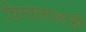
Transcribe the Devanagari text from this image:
विमालालाही